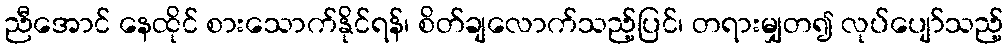
ညီအောင် နေထိုင် စားသောက်နိုင်ရန်၊ စိတ်ချလောက်သည့်ပြင်၊ တရားမျှတ၍ လုပ်ပျော်သည့်